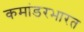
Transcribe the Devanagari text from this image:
कमांडरभारत